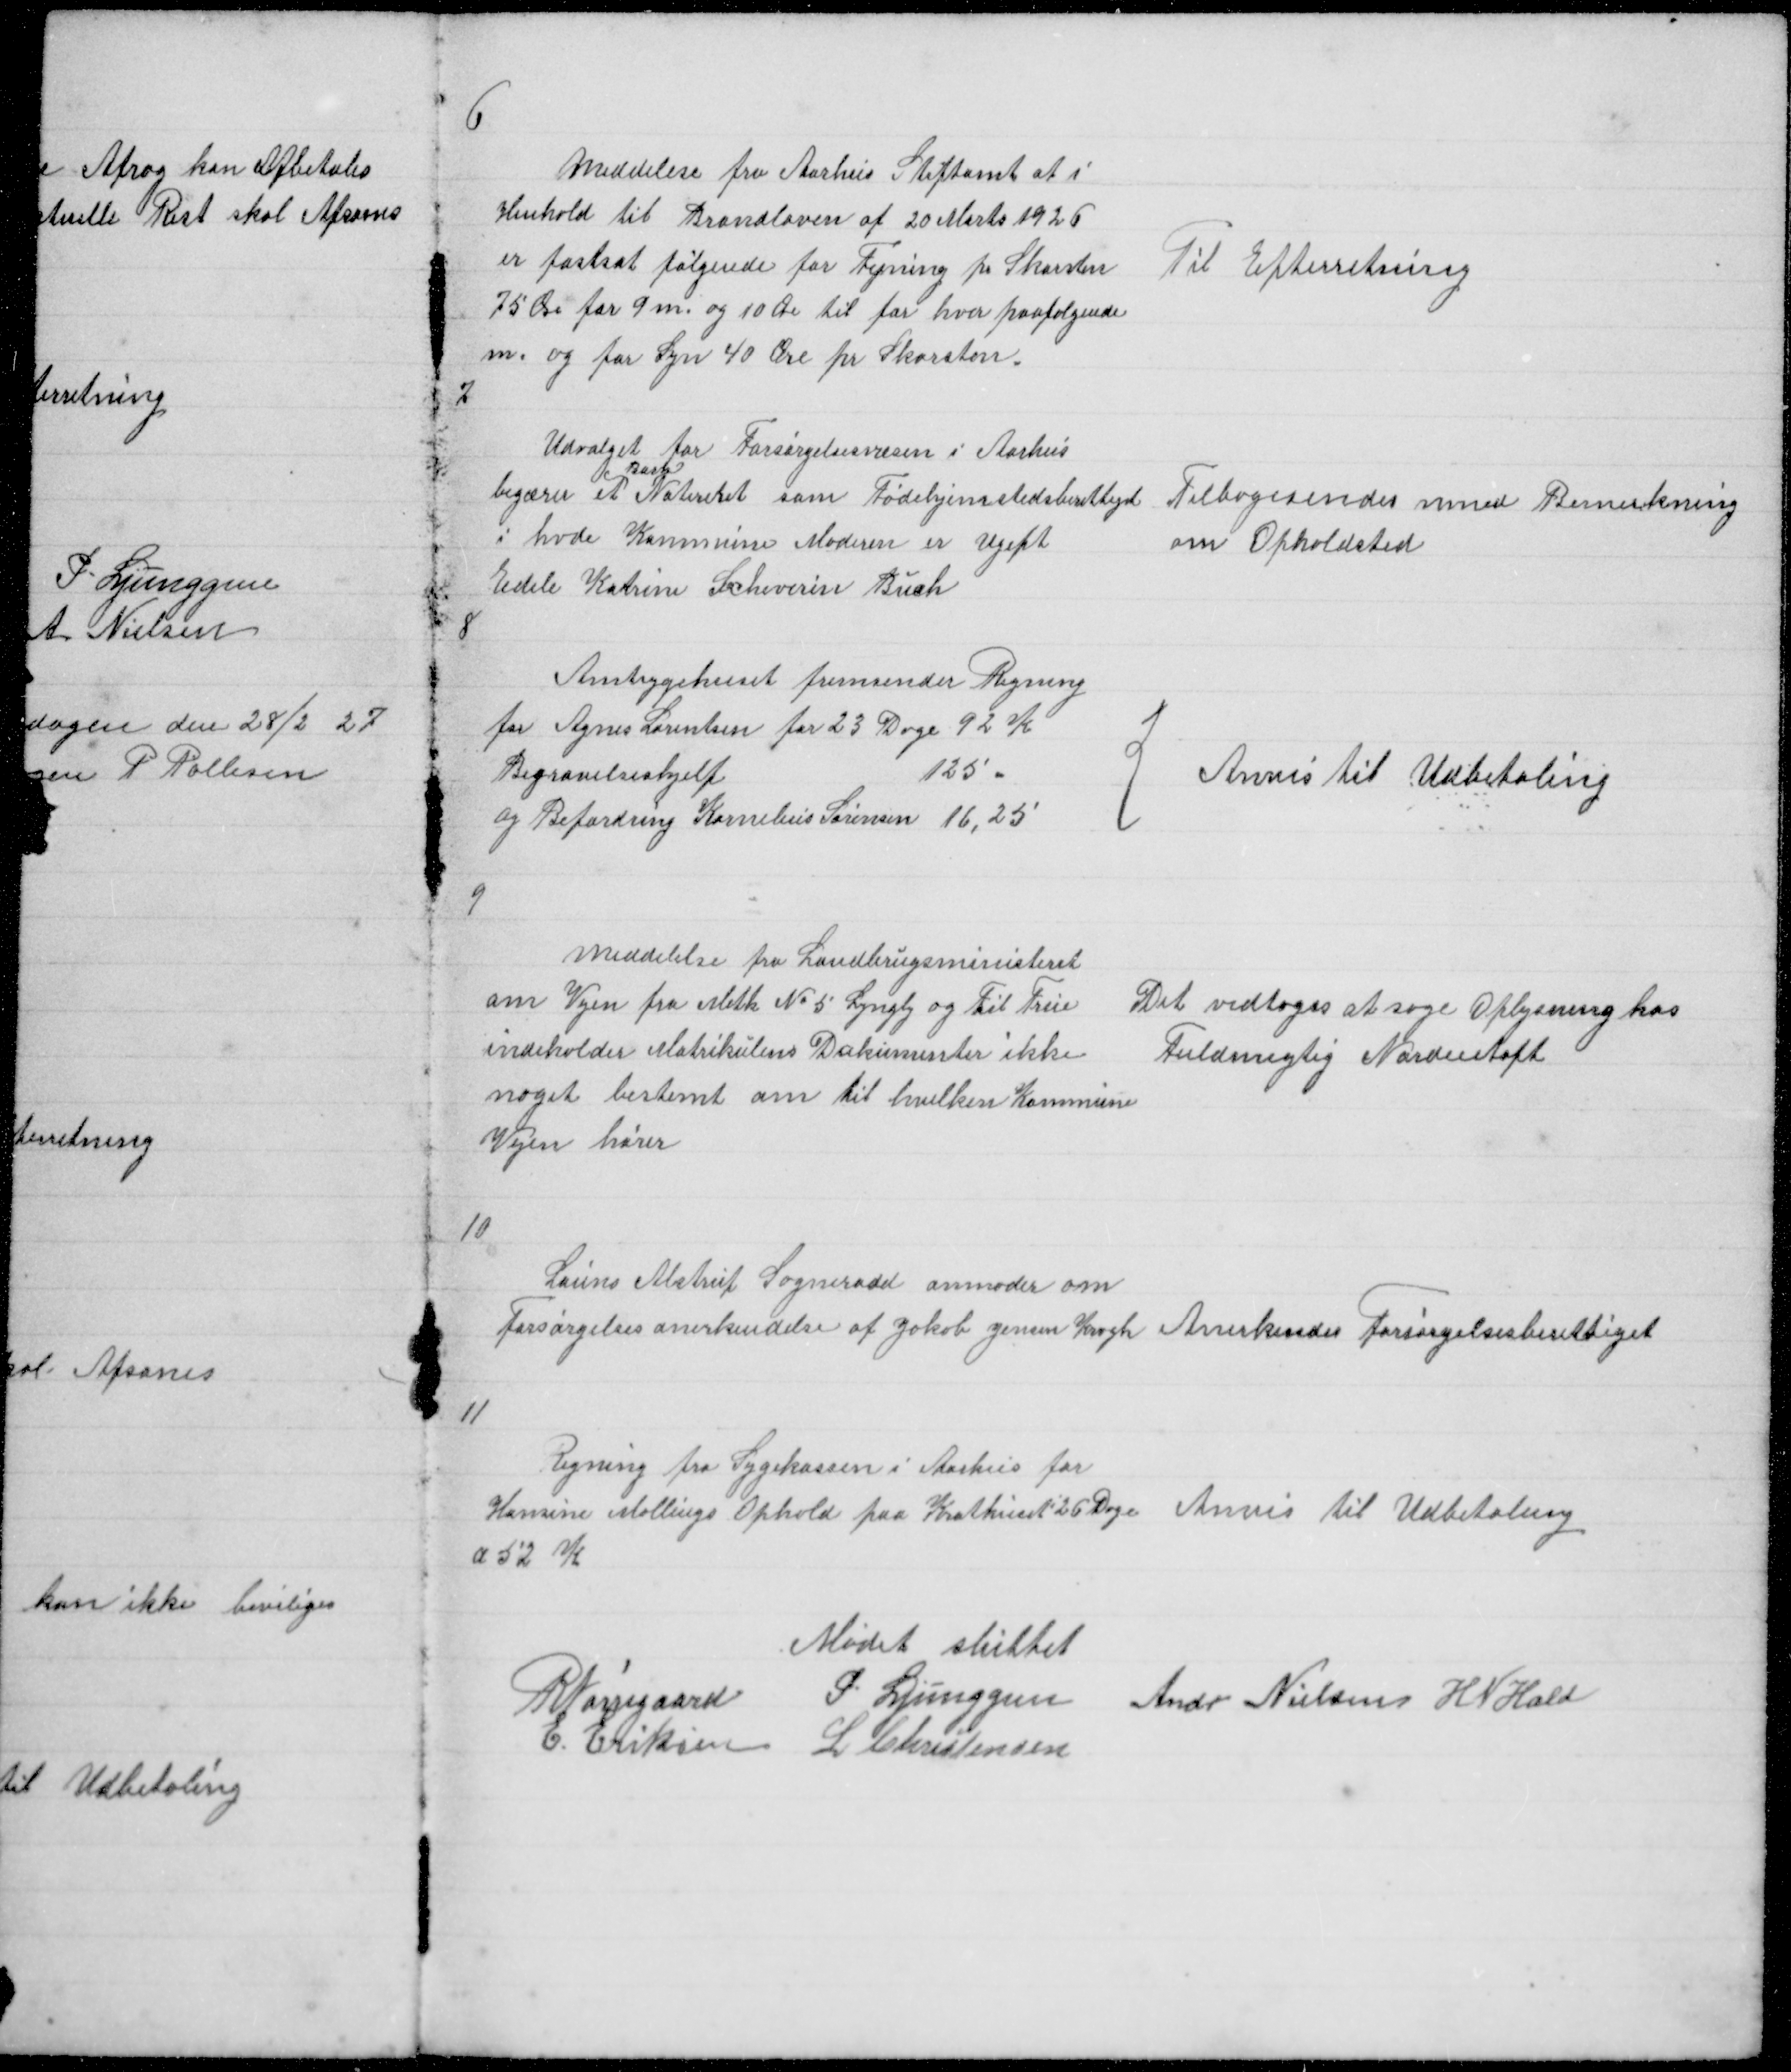
Transskription:
6

Meddelelse fra Aarhus Stiftamt at i
Henhold til Brandloven af 20 Marts 1926
er fastsat følgende for Fejning pr Skorsten
75 Øre for 9 m. og 10 Øre til for hver paafølgende
m. og for Syn 40 Øre pr Skorsten

Til Efterretning

7

Udvalget for Forsørgelsesvæsen i Aarhus
Barn
begærer et Noteret som Fødehjemstedsberettiget
i hvde Kommune Moderen er Ugift
Edele Katrine Schewerin Buch

Tilbagesendes med Bemerkning
om Opholdsted

8

Amtsygehuset fremsender Regning
for Agnes Lorentsen for 23 Dage 92 K
Begravelseshjelp
125
og Befordring Kornelius Sørensen 16,25

{

Anvis til Udbetaling

9

Meddelelse fra Landbrugsministeret
om Vejen fra Metk No 5 Lyngby til True
indeholder Matrikulens Dokumenter ikke
noget bestemt om til hvilken Kommune
Vejen hører

Det vedtoges at søge Oplysning hos
Fuldmegtig Nordentoft

10

Louns Alstrup Sogneraad anmoder om
Forsørgelsesanerkendelse af Jakob Jensen Krogh

Anerkendes Forsørgelsesberettiget

11

Regning fra Sygekassen i Aarhus for
Hansine Mallings Ophold paa Krathuset 26 Dage
a 52 K

Anvis til Udbetaling

Mødet sluttet
R Nørregaard P. Ljunggren Andr Nielsen H N Hald
E Eriksen L Christensen